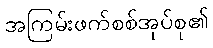
အကြမ်းဖက်စစ်အုပ်စု၏